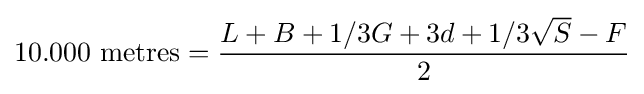
10.000{\mbox{ metres}}={\frac {L+B+1/3G+3d+1/3{\sqrt {S}}-F}{2}}